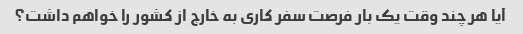
آیا هر چند وقت یک بار فرصت سفر کاری به خارج از کشور را خواهم داشت؟